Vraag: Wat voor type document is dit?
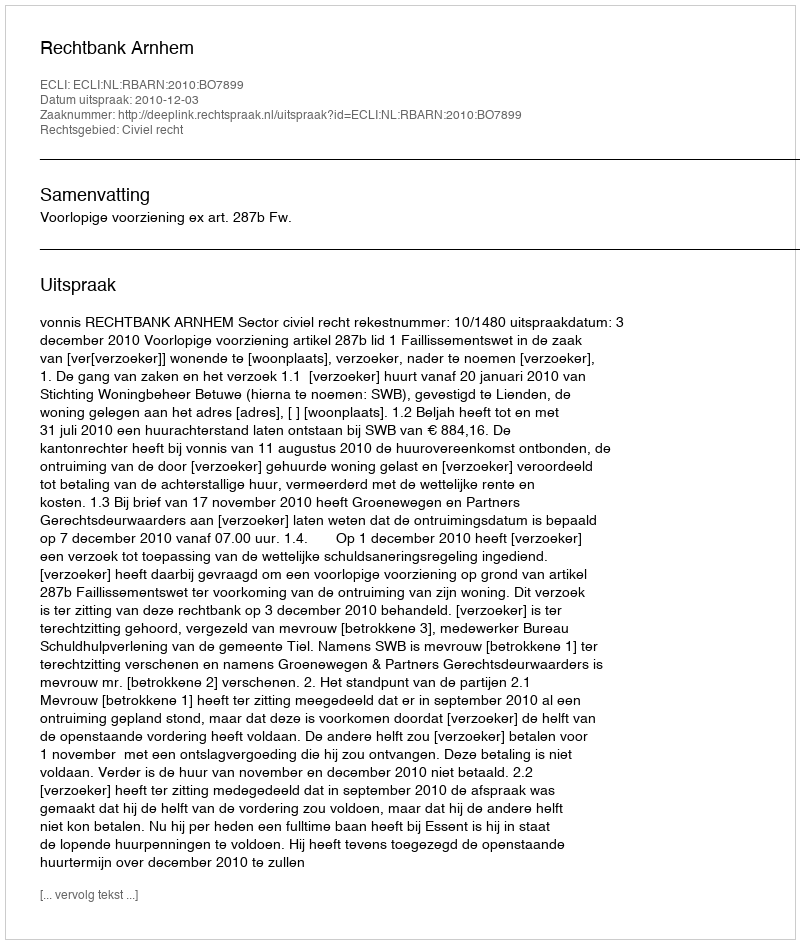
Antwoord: Uitspraak